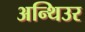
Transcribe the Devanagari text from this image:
अन्थिउर